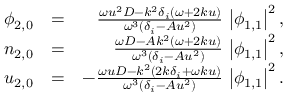
\begin{array} { r l r } { \phi _ { 2 , 0 } } & { = } & { \frac { \omega u ^ { 2 } D - k ^ { 2 } \delta _ { i } ( \omega + 2 k u ) } { \omega ^ { 3 } ( \delta _ { i } - A u ^ { 2 } ) } \, \left| \phi _ { 1 , 1 } \right| ^ { 2 } , } \\ { n _ { 2 , 0 } } & { = } & { \frac { \omega D - A k ^ { 2 } ( \omega + 2 k u ) } { \omega ^ { 3 } ( \delta _ { i } - A u ^ { 2 } ) } \, \left| \phi _ { 1 , 1 } \right| ^ { 2 } , } \\ { u _ { 2 , 0 } } & { = } & { - \frac { \omega u D - k ^ { 2 } ( 2 k \delta _ { i } + \omega k u ) } { \omega ^ { 3 } ( \delta _ { i } - A u ^ { 2 } ) } \, \left| \phi _ { 1 , 1 } \right| ^ { 2 } . } \end{array}